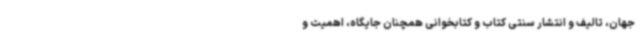
جهان، تالیف و انتشار سنتی کتاب و کتابخوانی همچنان جایگاه، اهمیت و